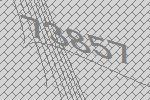
73857